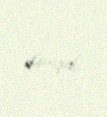
danışdı.